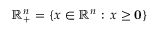
\mathbb { R } _ { + } ^ { n } = \left\{ x \in \mathbb { R } ^ { n } : \, x \geq \mathbf { 0 } \right\}